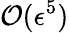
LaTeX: \mathcal{O}(\epsilon^{5})